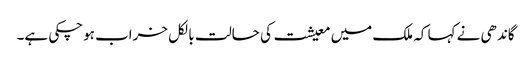
گاندھی نے کہا کہ ملک میں معیشت کی حالت بالکل خراب ہوچکی ہے۔